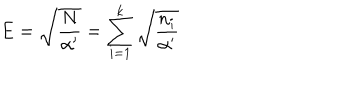
LaTeX: E = \sqrt { \frac { N } { \alpha ^ { \prime } } } = \sum _ { i = 1 } ^ { k } \sqrt { \frac { n _ { i } } { \alpha ^ { \prime } } }